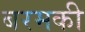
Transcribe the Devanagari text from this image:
बरमकी